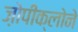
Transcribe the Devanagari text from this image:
ज़ोपीक्लोने